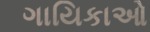
ગાયિકાઓ